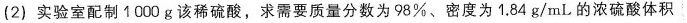
(2)实验室配制1000g该稀硫酸，求需要质量分数为98%、密度为1.84g/mL的浓硫酸体积